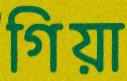
গিয়া